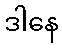
ဒါနေ